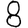
Digit: 8